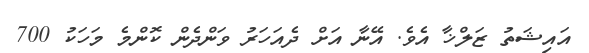
އައިޝަތު ޒަލްޚާ އެވެ. އޭނާ އަށް ދެއަހަރު ވަންދެން ކޮންމެ މަހަކު 700